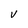
Character: v